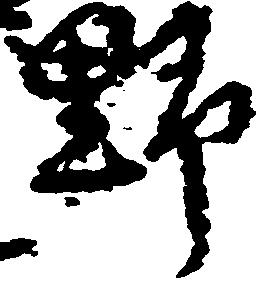
野